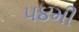
૫૪મી